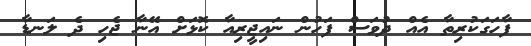
ފާހަގަކުރިތާ އެއް ދުވަސް ފަހުން ނައިޖީރިއާ ކޮޅަށް އޭނާ ޖެހި ދެ ލަނޑާ